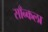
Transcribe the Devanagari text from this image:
साँन्कला